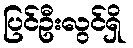
ပြင်ဦးလွင်ရှိ